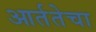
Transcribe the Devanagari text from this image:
आर्ततेचा